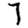
Digit: 7